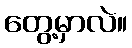
တွေ့မှာလဲ။